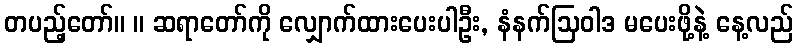
တပည့်တော်။ ။ ဆရာတော်ကို လျှောက်ထားပေးပါဦး, နံနက်ဩဝါဒ မပေးဖို့နဲ့ နေ့လည်